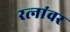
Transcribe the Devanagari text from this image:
रत्‍नांवर